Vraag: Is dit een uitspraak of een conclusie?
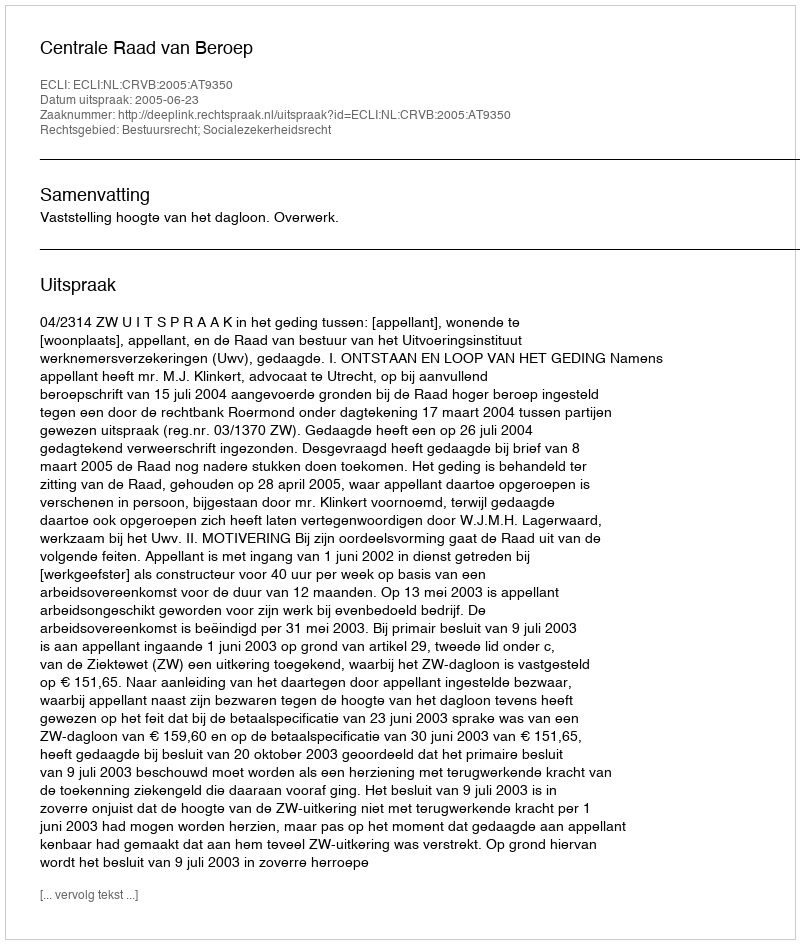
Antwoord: Uitspraak